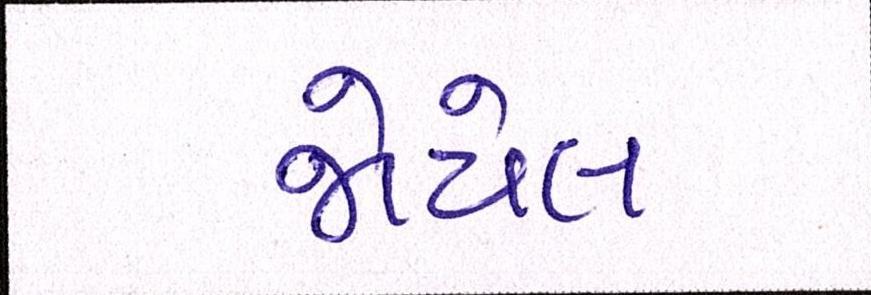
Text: જોયેલ